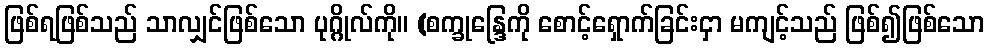
ဖြစ်ရဖြစ်သည် သာလျှင်ဖြစ်သော ပုဂ္ဂိုလ်ကို။ (စက္ခုန္ဒြေကို စောင့်ရှောက်ခြင်းငှာ မကျင့်သည် ဖြစ်၍ဖြစ်သော